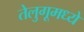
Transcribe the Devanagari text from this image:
तेलुगूमध्ये